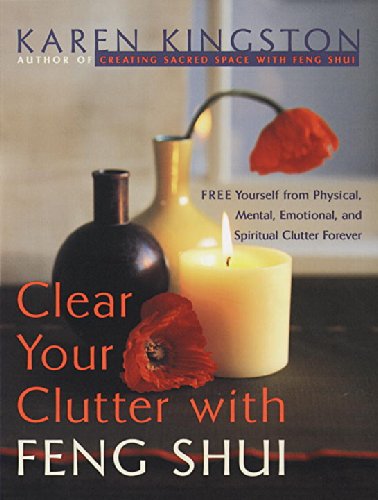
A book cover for Clear Your Clutter with Feng Shui: Free Yourself from Physical, Mental, Emotional, and Spiritual Clutter Forever; Karen Kingston; Crafts, Hobbies & Home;